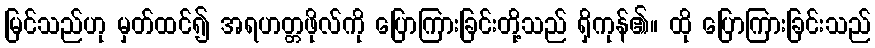
မြင်သည်ဟု မှတ်ထင်၍ အရဟတ္တဖိုလ်ကို ပြောကြားခြင်းတို့သည် ရှိကုန်၏။ ထို ပြောကြားခြင်းသည်